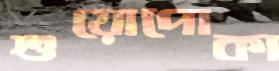
শুয়োপোকা